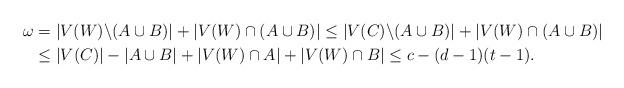
LaTeX: \begin{align*}\omega&=|V(W)\backslash (A\cup B)|+|V(W)\cap (A\cup B)|\leq |V(C)\backslash (A\cup B)|+|V(W)\cap (A\cup B)|\\&\leq |V(C)|-|A\cup B|+|V(W)\cap A|+|V(W)\cap B|\leq c-(d-1)(t-1).\end{align*}